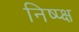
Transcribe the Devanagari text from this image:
निष्प्क्ष